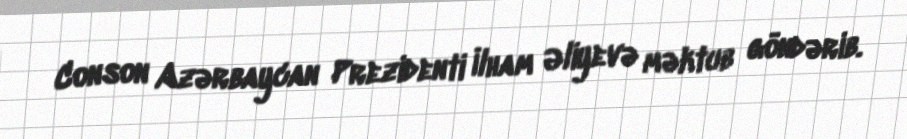
Conson Azərbaycan Prezidenti İlham Əliyevə məktub göndərib.